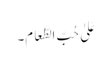
عَلیٰ حُبِّ الطَّعَامِ۔